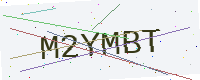
Text: M2YMBT